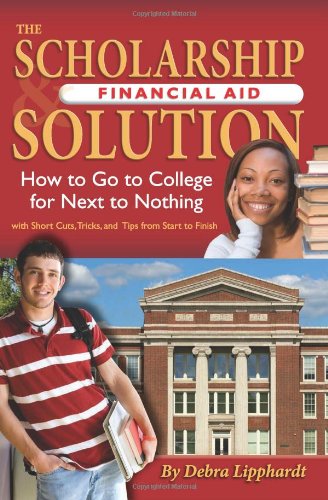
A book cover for The Scholarship & Financial Aid Solution: How to Go to College for Next to Nothing with Short Cuts, Tricks, and Tips from Start to Finish; Debra Lipphardt; Education & Teaching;